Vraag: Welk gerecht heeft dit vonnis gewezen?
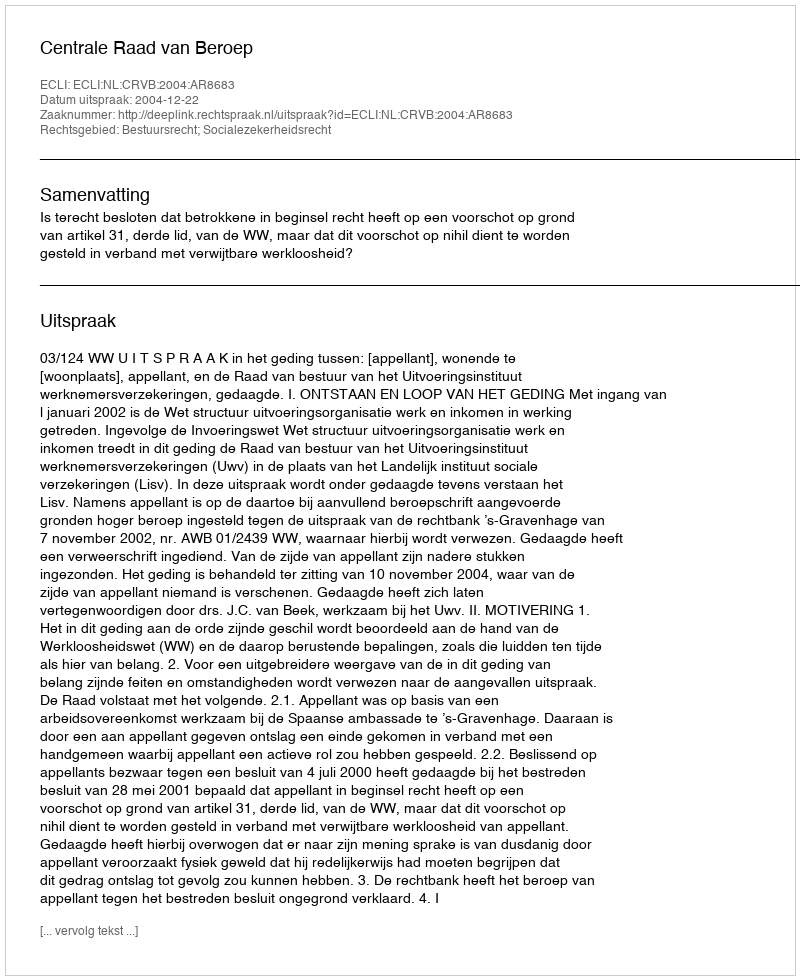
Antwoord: Centrale Raad van Beroep